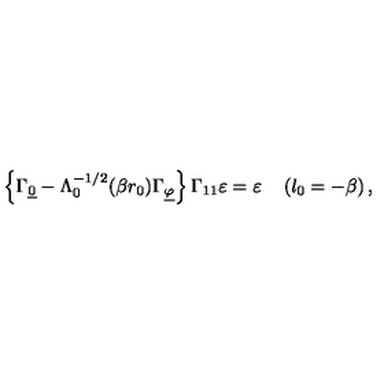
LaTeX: \left\{ \Gamma _ { \underline { { 0 } } } - \Lambda _ { 0 } ^ { - 1 / 2 } ( \beta r _ { 0 } ) \Gamma _ { \underline { { \varphi } } } \right\} \Gamma _ { 1 1 } \varepsilon = \varepsilon \quad \left( l _ { 0 } = - \beta \right) ,